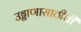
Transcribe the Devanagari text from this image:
उड्डाणासाठीची